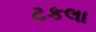
ટકલા